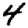
Digit: 4